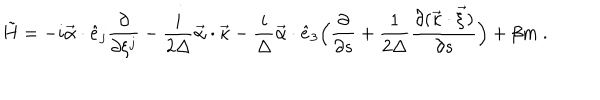
\tilde { H } = - i \vec { \alpha } \cdot \hat { e } _ { j } \frac { \partial } { \partial \xi ^ { j } } - \frac { i } { 2 \Delta } \vec { \alpha } \cdot \vec { \kappa } - \frac { i } { \Delta } \vec { \alpha } \cdot \hat { e } _ { 3 } \Bigl ( \frac { \partial } { \partial s } + \frac { 1 } { 2 \Delta } \frac { \partial ( \vec { \kappa } \cdot \vec { \xi } ) } { \partial s } \Bigr ) + \beta m \ .